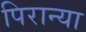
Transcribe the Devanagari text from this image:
पिरान्या